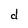
Character: d